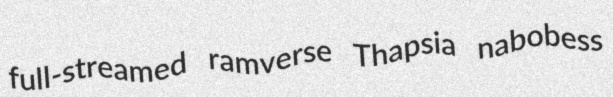
full-streamed ramverse Thapsia nabobess